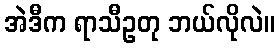
အဲဒီက ရာသီဥတု ဘယ်လိုလဲ။